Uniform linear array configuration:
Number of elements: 8
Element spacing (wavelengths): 1
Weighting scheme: cosine
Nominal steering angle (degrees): -15
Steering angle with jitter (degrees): -13.343
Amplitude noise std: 0.05
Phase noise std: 0.05

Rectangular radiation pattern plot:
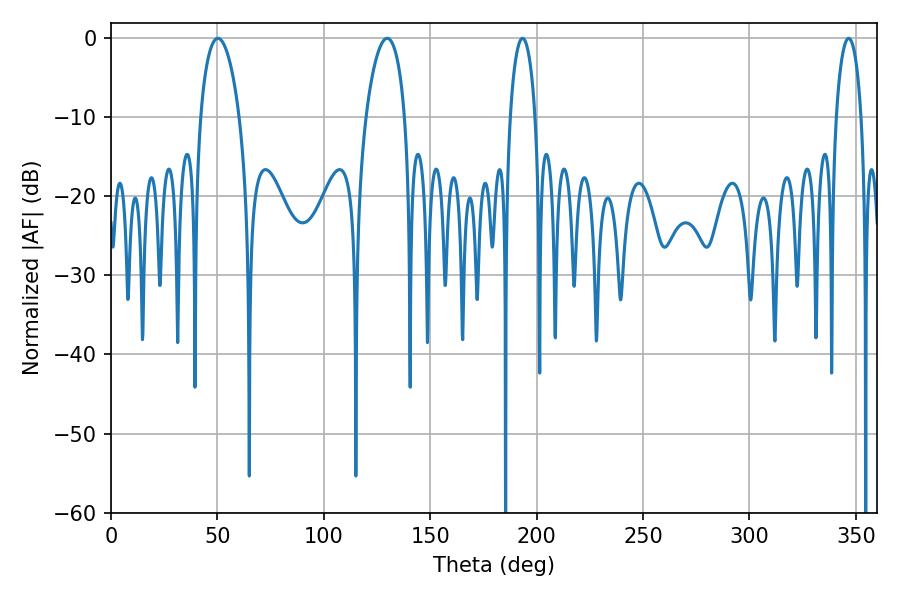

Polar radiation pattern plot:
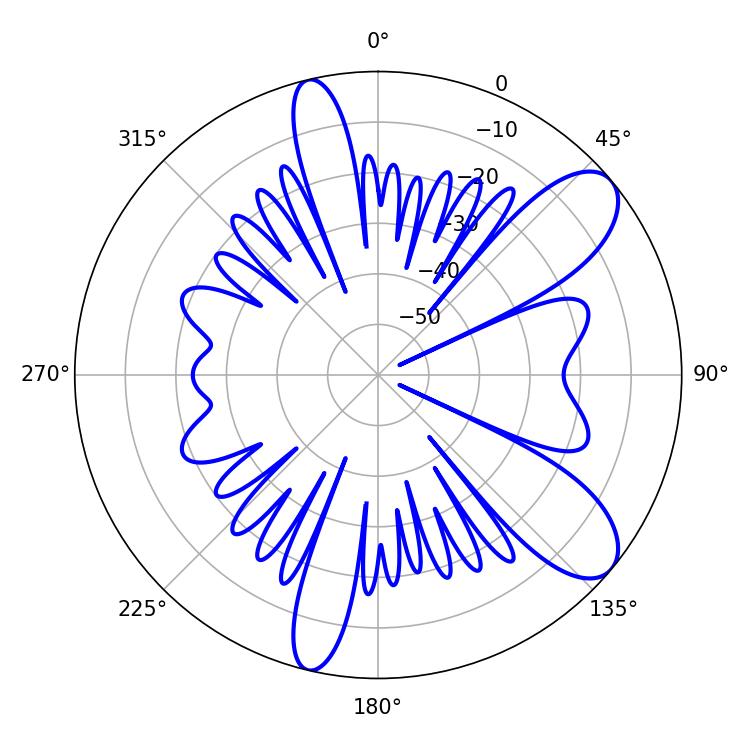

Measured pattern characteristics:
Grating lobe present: TRUE
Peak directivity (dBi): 9.253
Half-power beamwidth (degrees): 10.44
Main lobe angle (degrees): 50.22